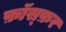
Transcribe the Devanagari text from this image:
फ़ॉस्फ़र